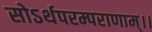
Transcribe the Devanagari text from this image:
सोऽर्थपरम्पराणाम्।।